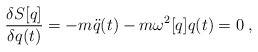
\begin{align*}{\delta S[q] \over \delta q(t)} = - m \ddot{q}(t) - m \omega^2[q] q(t) = 0 \; ,\end{align*}